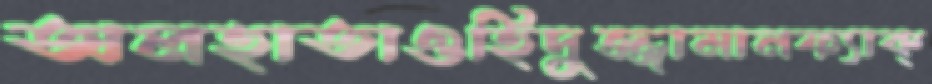
অলহাতাওহিদুজ্জামানফ্যাক্